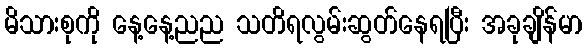
မိသားစုကို နေ့နေ့ညည သတိရလွမ်းဆွတ်နေရပြီး အခုချိန်မာ